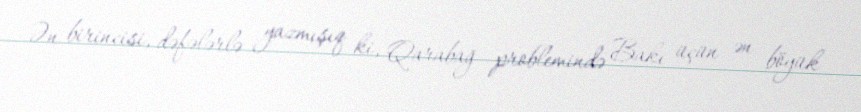
Ən birincisi, dəfələrlə yazmışıq ki, Qarabağ problemində Bakı üçün ən böyük